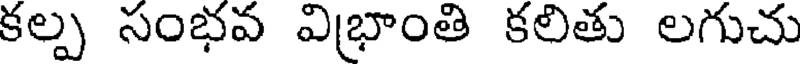
కల్ప సంభవ విభాంతి కలితు లగుచు